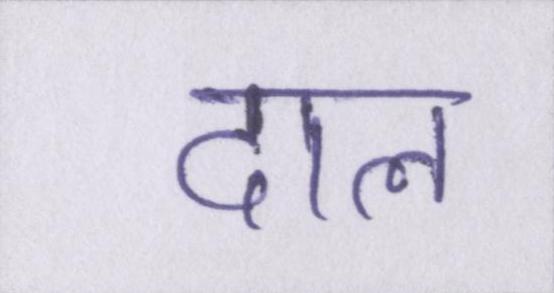
दाल